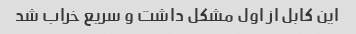
این کابل از اول مشکل داشت و سریع خراب شد